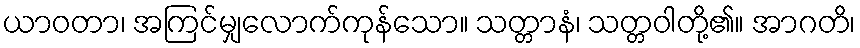
ယာဝတာ၊ အကြင်မျှလောက်ကုန်သော။ သတ္တာနံ၊ သတ္တဝါတို့၏။ အာဂတိ၊